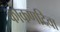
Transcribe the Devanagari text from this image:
कोकणदिवा